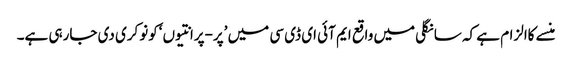
منسے کاالزام ہے کہ سانگلی میں واقع ایم آئی ای ڈی سی میں ’پر-پرانتیوں ‘کونوکری دی جارہی ہے۔